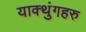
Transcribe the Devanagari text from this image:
याक्थुंगहरु